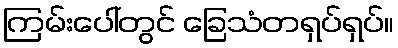
ကြမ်းပေါ်တွင် ခြေသံတရှပ်ရှပ်။